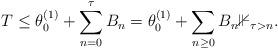
LaTeX: \begin{align*} T \le\theta^{(1)}_0 + \sum_{n=0}^\tau B_n = \theta^{(1)}_0+ \sum_{n\ge0} B_n \mathbb{1}_{\tau> n}.\end{align*}